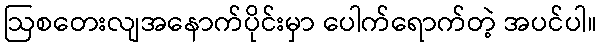
ဩစတေးလျအနောက်ပိုင်းမှာ ပေါက်ရောက်တဲ့ အပင်ပါ။